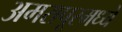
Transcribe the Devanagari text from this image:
अमरापूरमध्ये